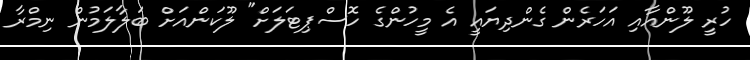
ހުރީ ލޫންއާއި އަހަރެން ގެންދިޔައީ އެ މީހުންގެ ހޮސްޕިޓަލަށް" ލޫކަންއަށް ބަލާލަމުން ނިމްރާ